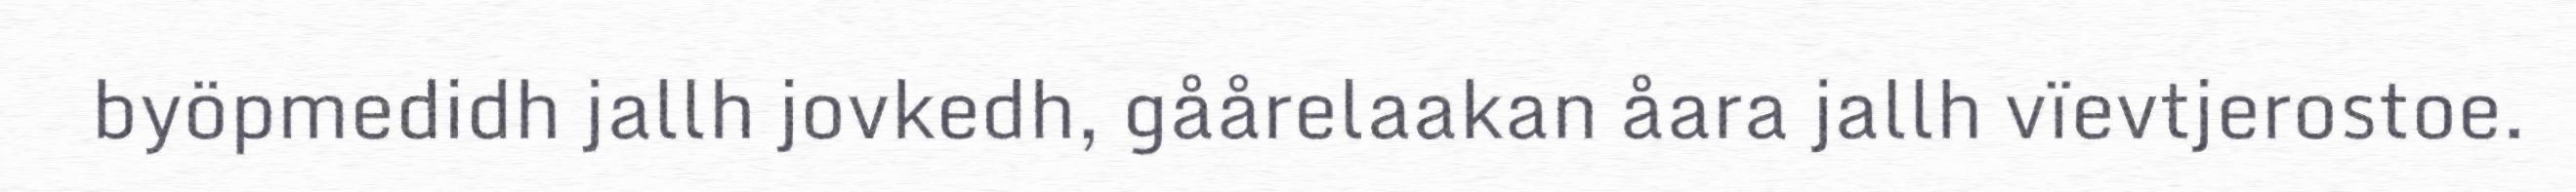
byöpmedidh jallh jovkedh, gåårelaakan åara jallh vïevtjerostoe.